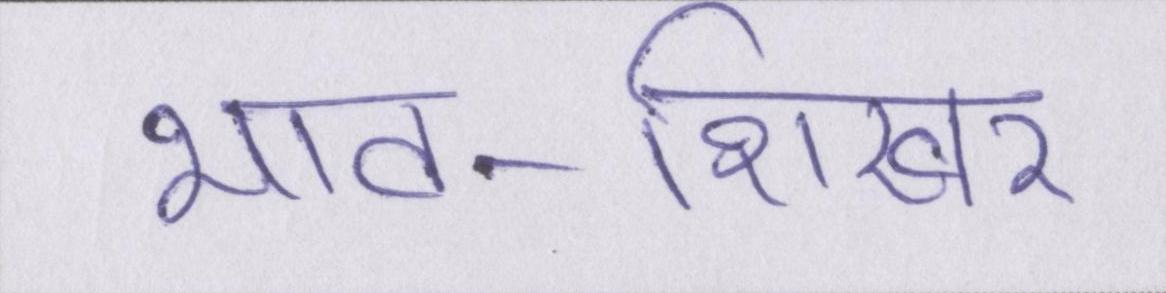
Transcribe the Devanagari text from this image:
भाव-शिखर